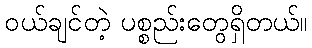
ဝယ်ချင်တဲ့ ပစ္စည်းတွေရှိတယ်။